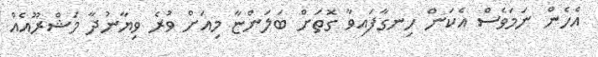
އެހެން ނަމަވެސް އެކަން ހިނގާފައިވާ ގޮތަށް ބަލަންޏާ މިއަށް ވުރެ ވިޔާނުދާ މަޝްރޫއެއް